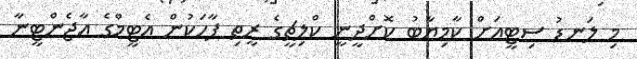
މި ލަނޑު ސިޓީއަށް ކާމިޔާބު ކޮށްދީނީ ކްލިޗީގެ ރީތި ޕާހަކުން އެޓީމްގެ އާޖެންޓީނާ